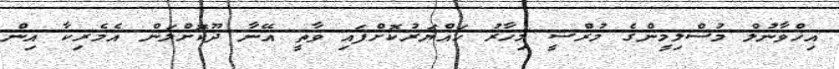
އިޚްވާނުލް މުސްލިމީންގެ މުރްސީ މިހާރު ހައްޔަރުކޮށްފައި ވާތީ އޭނާ ދޫކޮށްލަން އެމެރިކާ އިން